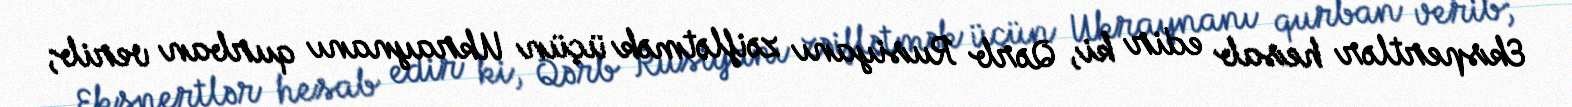
Ekspertlər hesab edir ki, Qərb Rusiyanı zəiflətmək üçün Ukraynanı qurban verib;